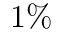
1 \%